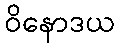
ဝိနောဒယ